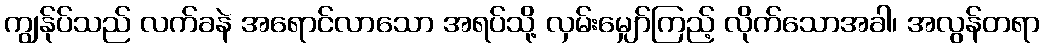
ကျွန်ုပ်သည် လက်ခနဲ အရောင်လာသော အရပ်သို့ လှမ်းမျှော်ကြည့် လိုက်သောအခါ၊ အလွန်တရာ